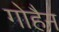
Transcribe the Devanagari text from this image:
गोहैन